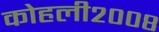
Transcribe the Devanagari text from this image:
कोहली२००८